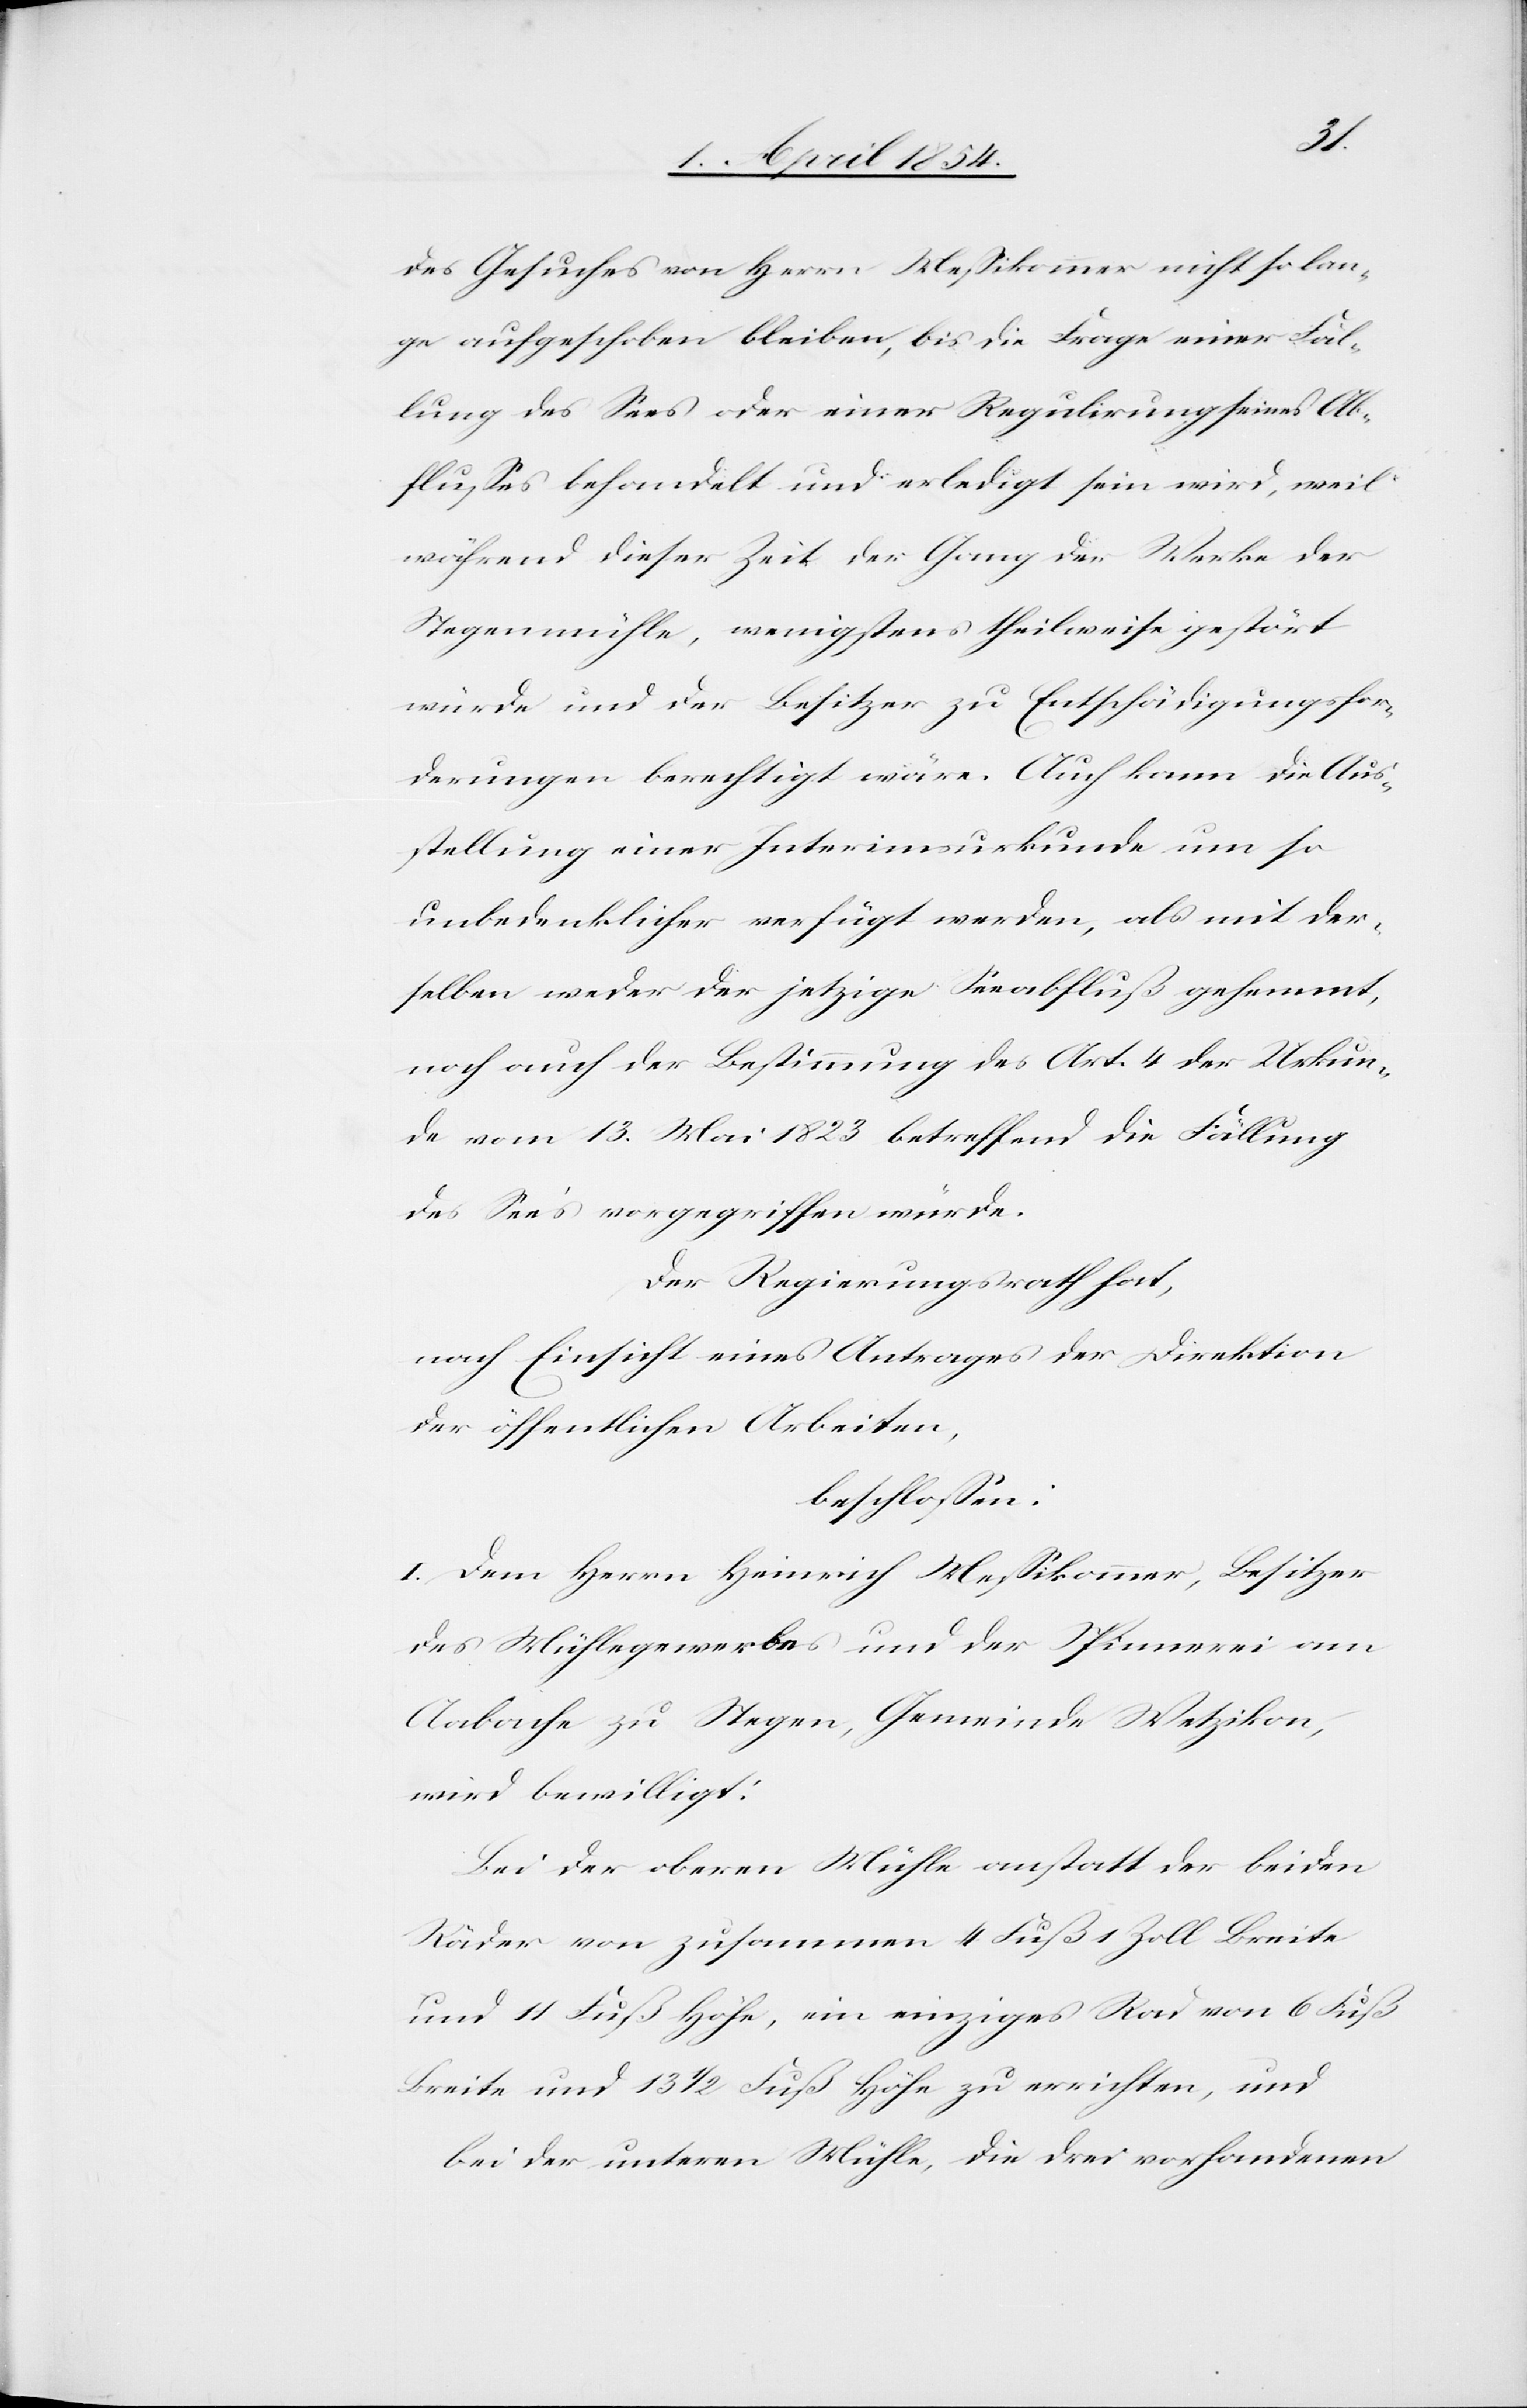
des Gesuches von Herrn Meßikommer nicht so lan¬
ge aufgeschoben bleiben, bis die Frage einer Fäl¬
lung des Sees oder einer Regulirung seines Ab¬
flußes behandelt und erledigt sein wird, weil
während dieser Zeit der Gang der Werke der
Stegenmühle, wenigstens theilweise gestört
würde und der Besitzer zu Entschädigungsfor¬
derungen berechtigt wäre. Auch kann die Aus¬
stellung einer Interimsurkunde um so
unbedenklicher verfügt werden, als mit der¬
selben weder der jetzige Seeabfluß gehemmt,
noch auch der Bestimmung des Art. 4 der Urkun¬
de vom 13. Mai 1823 betreffend die Fällung
des Sees vorgegriffen würde.
Der Regierungsrath hat,
nach Einsicht eines Antrages der Direktion
der öffentlichen Arbeiten,
beschloßen:
I. Dem Herrn Heinrich Meßikommer, Besitzer
des Mühlegewerbes und der Spinnerei am
Aabache zu Stegen, Gemeinde Wetzikon,
wird bewilligt.
Bei der oberen Mühle anstatt der beiden
Räder von zusammen 4 Fuß 1 Zoll Breite
und 14 Fuß Höhe, ein einziges Rad von 6 Fuß
Breite und 13 1/2 Fuß Höhe zu errichten, und
bei der unteren Mühle, die drei vorhandenen